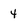
Character: 4